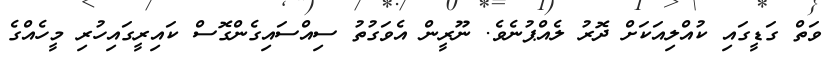
ވަތް ގަޑީގައި ކުއްލިއަކަށް ދޮރު ލެއްޕުނެވެ. ނޫރީން އެވަގުތު ސިއްސައިގެންގޮސް ކައިރީގައިހުރި މީހެއްގެ